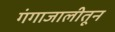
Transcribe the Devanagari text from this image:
गंगाजालीतून